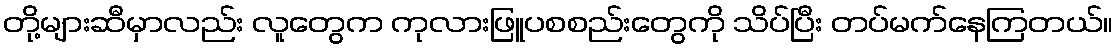
တို့များဆီမှာလည်း လူတွေက ကုလားဖြူပစစည်းတွေကို သိပ်ပြီး တပ်မက်နေကြတယ်။